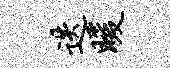
迭暖